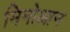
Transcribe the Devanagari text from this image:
मिनोआन